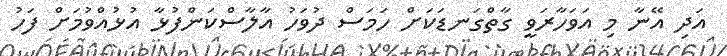
އަދި އޭނާ މި އަވަހާރަވީ ގާތްގަނޑަކަށް ހަމަސް ދުވަހު އާލާސްކަންފުޅާ އުޅުއްވުމަށް ފަހު